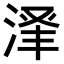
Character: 𬈃